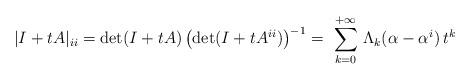
LaTeX: \begin{align*}| I + tA |_{ii} = \hbox{det}(I+tA)\left(\hbox{det}(I+tA^{ii})\right)^{-1}=\ \sum_{k=0}^{+\infty} \, \Lambda_k ({\bf\alpha}-{\bf\alpha}^i) \,t^k\end{align*}